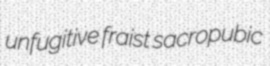
unfugitive fraist sacropubic